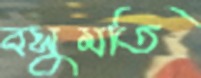
বসুমতি